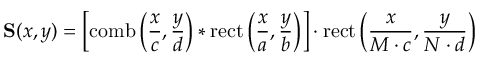
\mathbf { S } ( x , y ) = \left[ \operatorname { c o m b } \left( { \frac { x } { c } } , { \frac { y } { d } } \right) * \operatorname { r e c t } \left( { \frac { x } { a } } , { \frac { y } { b } } \right) \right] \cdot \operatorname { r e c t } \left( { \frac { x } { M \cdot c } } , { \frac { y } { N \cdot d } } \right)